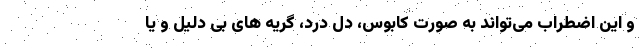
و این اضطراب می‌تواند به صورت کابوس، دل درد، گریه های بی دلیل و یا